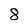
Character: 8